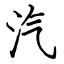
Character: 汽